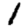
Digit: 1